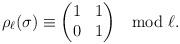
LaTeX: \begin{align*}\rho_{\ell}(\sigma)\equiv{ \begin{pmatrix}1 & 1 \\0&1 \end{pmatrix} }\mod{\ell}.\end{align*}